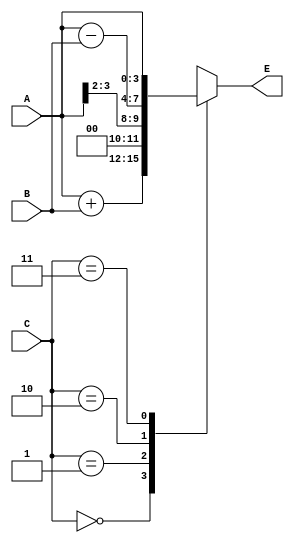
//(a)
/* 
module Q6_37
(
	input clk,
	input A_3,
	output B_0
);



reg [3:0] A, B;

assign B_0 = B[0];

always @(posedge clk)
begin
	
	A <= {A[3], A[3:1]};
	B <= {A[0], B[3:1]};
end

endmodule
*/

//(b)

/*
module Q6_37
(
	input [1:0] C,
	output[1:0] D_out
);

reg [1:0] D;

assign D_out = D;

always @(C)
begin
//D = 0;
	case(C)
	0: D = 2'b11;
	1: D = 2'b10;
	2: D = 2'b00;
	default: 
	begin
	end
	endcase
end

endmodule
*/

//(c)
module Q6_37
(
	input [1:0] C,
	input [3:0] A,B,
	output reg [3:0] E
);

always @(C)
begin

	case(C)
	0: E = A+B;
	1: E = A >>> 2;
	2: E = A-B;
	3: E = A;
	endcase
end

endmodule